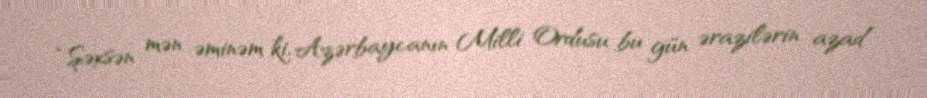
“Şəxsən mən əminəm ki, Azərbaycanın Milli Ordusu bu gün ərazilərin azad